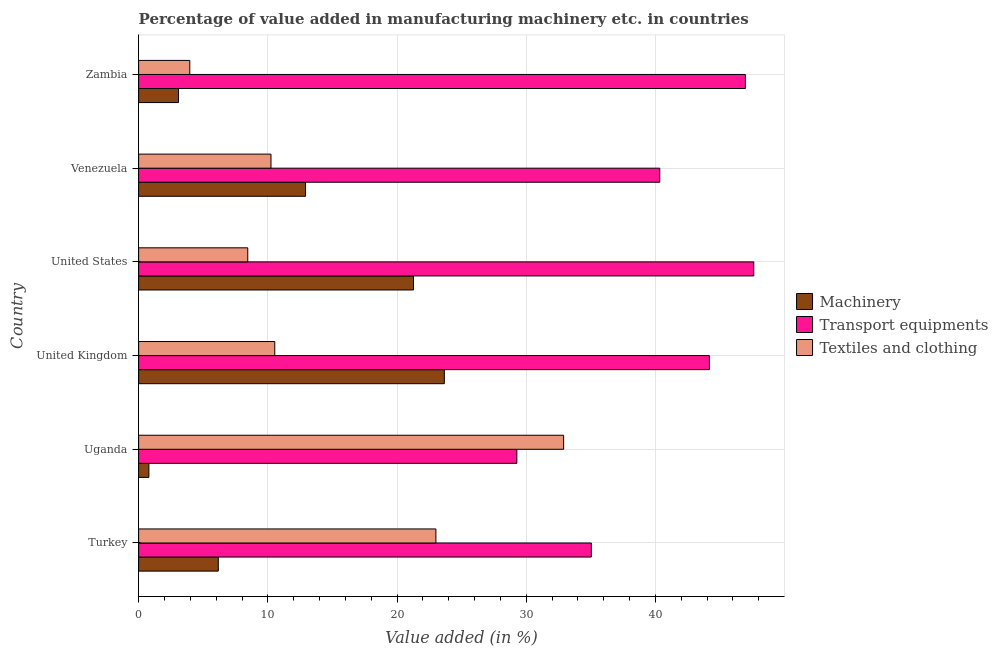
| Country | Machinery | Transport equipments | Textiles and clothing |
 | --- | --- | --- | --- |
 | Turkey | 6.17 | 35 | 23 |
 | Uganda | 0.794 | 29.3 | 32.9 |
 | United Kingdom | 23.7 | 44.2 | 10.5 |
 | United States | 21.3 | 47.6 | 8.45 |
 | Venezuela | 12.9 | 40.3 | 10.2 |
 | Zambia | 3.08 | 47 | 3.96 |